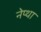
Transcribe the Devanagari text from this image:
नेप्था